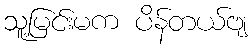
သူ့မြင်းမက ပိန်တယ်ဗျ